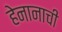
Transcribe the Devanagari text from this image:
हेनानाची